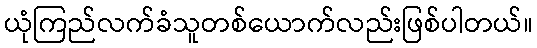
ယုံကြည်လက်ခံသူတစ်ယောက်လည်းဖြစ်ပါတယ်။